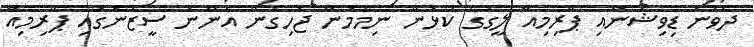
ދެވަނަ ޑިވިޝަނާއި ޕްރިމިއާ ލީގުގެ ކުޅުން ނިމުމުން ޖެހިގެން އަންނަ ސީޒަނުގައި ޕްރިމިއާ